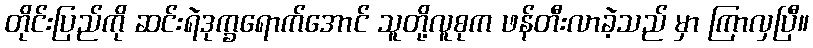
တိုင်းပြည်ကို ဆင်းရဲဒုက္ခရောက်အောင် သူတို့လူစုက ဖန်တီးလာခဲ့သည် မှာ ကြာလှပြီ။